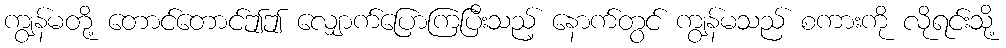
ကျွန်မတို့ တောင်တောင်ဤဤ လျှောက်ပြောကြပြီးသည့် နောက်တွင် ကျွန်မသည် စကားကို လိုရင်းသို့